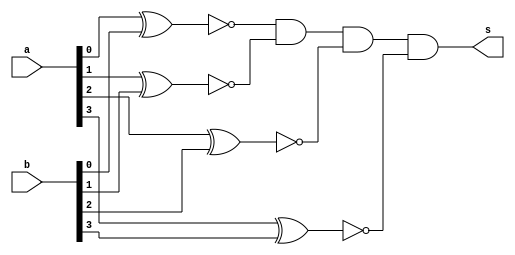
// ------------------------- 
// Exemplo0023  Comparador de Igualdade
// Nome: Miller 
// ------------------------- 
// Exercicio 3
// ------------------------- 
//  Comparador de Igualdade
// -------------------------

module cmpIguais(output s, input[3:0] a, input[3:0] b);
assign s = ( ~(a[0]^b[0])&~(a[1]^b[1])&~(a[2]^b[2])&~(a[3]^b[3]) );

endmodule

module variaveis;

reg[3:0] a,b;
wire s;

cmpIguais Main(s, a, b);

initial begin:start
a=4'b0000; b=4'b1111;
end

initial begin

$display("Miller 449048");
$display("Teste de comparador de igualdades.");
$display("");
$monitor("%b e %b sao iguais? (%b)", a, b, s);

#1 a=4'b0000; b=4'b1111;
#1 a=4'b0011; b=4'b1111;
#1 a=4'b1000; b=4'b1111;
#1 a=4'b0110; b=4'b0011;
#1 a=4'b0100; b=4'b0100;
#1 a=4'b0000; b=4'b0000;

end
endmodule